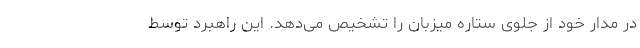
در مدار خود از جلوی ستارهٔ میزبان را تشخیص می‌دهد. این راهبرد توسط